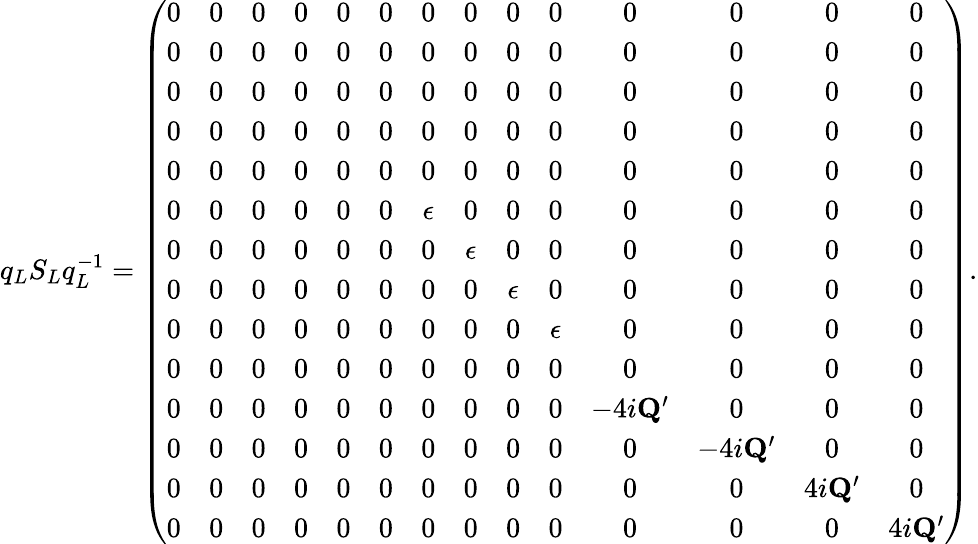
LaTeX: q_{L}S_{L}q_{L}^{-1}=\left(\begin{array}{cccccccccccccc}{0}&{0}&{0}&{0}&{0}&{0}&{0}&{0}&{0}&{0}&{0}&{0}&{0}&{0}\\ {0}&{0}&{0}&{0}&{0}&{0}&{0}&{0}&{0}&{0}&{0}&{0}&{0}&{0}\\ {0}&{0}&{0}&{0}&{0}&{0}&{0}&{0}&{0}&{0}&{0}&{0}&{0}&{0}\\ {0}&{0}&{0}&{0}&{0}&{0}&{0}&{0}&{0}&{0}&{0}&{0}&{0}&{0}\\ {0}&{0}&{0}&{0}&{0}&{0}&{0}&{0}&{0}&{0}&{0}&{0}&{0}&{0}\\ {0}&{0}&{0}&{0}&{0}&{0}&{\epsilon}&{0}&{0}&{0}&{0}&{0}&{0}&{0}\\ {0}&{0}&{0}&{0}&{0}&{0}&{0}&{\epsilon}&{0}&{0}&{0}&{0}&{0}&{0}\\ {0}&{0}&{0}&{0}&{0}&{0}&{0}&{0}&{\epsilon}&{0}&{0}&{0}&{0}&{0}\\ {0}&{0}&{0}&{0}&{0}&{0}&{0}&{0}&{0}&{\epsilon}&{0}&{0}&{0}&{0}\\ {0}&{0}&{0}&{0}&{0}&{0}&{0}&{0}&{0}&{0}&{0}&{0}&{0}&{0}\\ {0}&{0}&{0}&{0}&{0}&{0}&{0}&{0}&{0}&{0}&{-4i\mathbf{Q}^{\prime}}&{0}&{0}&{0}\\ {0}&{0}&{0}&{0}&{0}&{0}&{0}&{0}&{0}&{0}&{0}&{-4i\mathbf{Q}^{\prime}}&{0}&{0}\\ {0}&{0}&{0}&{0}&{0}&{0}&{0}&{0}&{0}&{0}&{0}&{0}&{4i\mathbf{Q}^{\prime}}&{0}\\ {0}&{0}&{0}&{0}&{0}&{0}&{0}&{0}&{0}&{0}&{0}&{0}&{0}&{4i\mathbf{Q}^{\prime}}\end{array}\right).